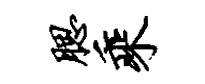
腮乘